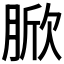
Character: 𦜓